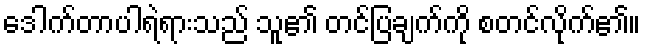
ဒေါက်တာပါရဲရားသည် သူ၏ တင်ပြချက်ကို စတင်လိုက်၏။